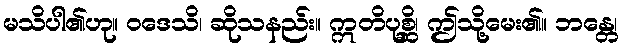
မသိပါ၏ဟု။ ဝဒေသိ၊ ဆိုသနည်း။ ဣတိပုစ္ဆိ၊ ဤသို့မေး၏။ ဘန္တေ၊